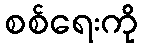
စစ်ရေးကို